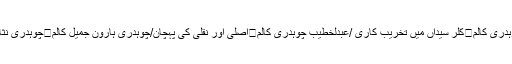
عبادت ہے / ظہیر احمد چوہدری کالم	کلر سیداں میں تخریب کاری /عبدلخطیب چوہدری کالم	اصلی اور نقلی کی پہچان/چوہدری ہارون جمیل کالم	چوہدری نثار علی خان کے منصوبے؟